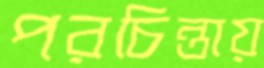
পরচিন্তায়